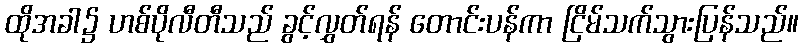
ထိုအခါ၌ ဟစ်ပိုလီတီသည် ခွင့်လွှတ်ရန် တောင်းပန်ကာ ငြိမ်သက်သွားပြန်သည်။